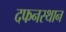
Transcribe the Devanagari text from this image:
दफनस्थान